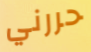
حررني